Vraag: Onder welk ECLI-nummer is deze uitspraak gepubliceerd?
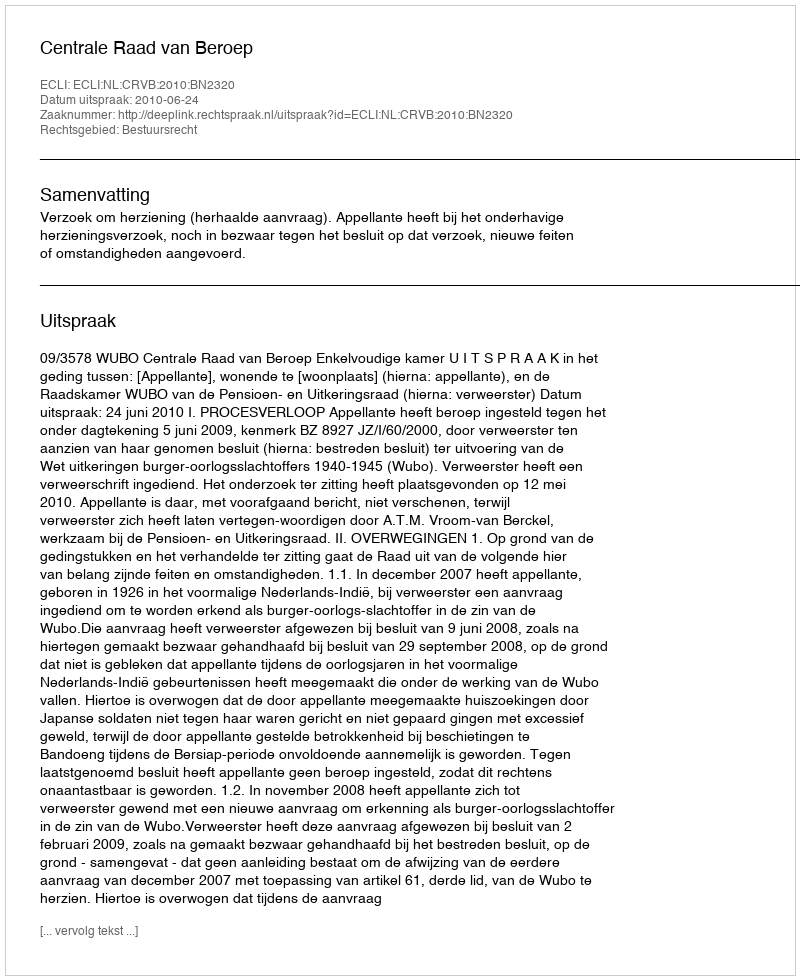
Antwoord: ECLI:NL:CRVB:2010:BN2320